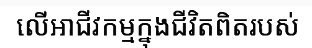
លើអាជីវកម្មក្នុងជីវិតពិតរបស់